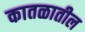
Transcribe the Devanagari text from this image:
कातळातील